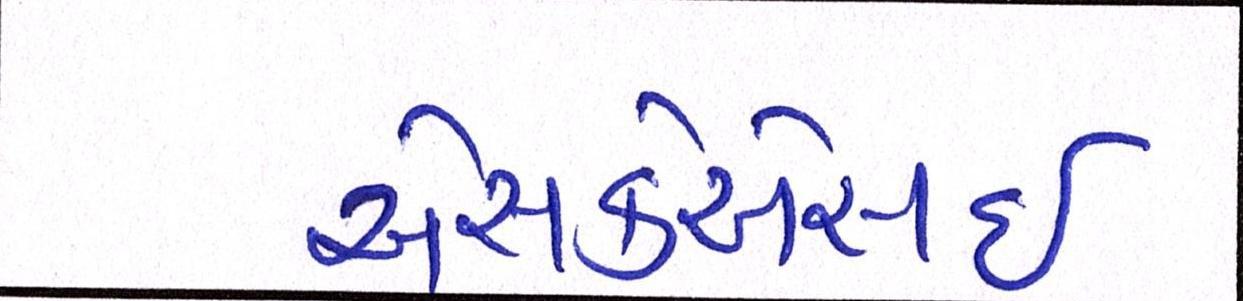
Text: એસકેએસઈ